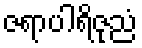
ဇရာပါရိဇုညံ